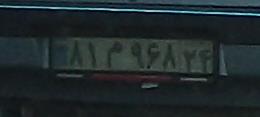
۸۱م۹۶۸۲۴